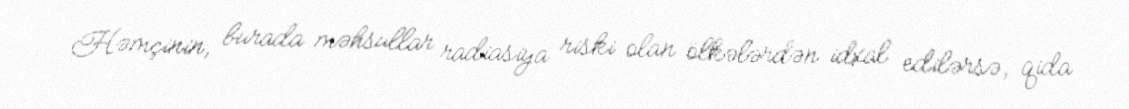
Həmçinin, burada məhsullar radiasiya riski olan ölkələrdən idxal edilərsə, qida